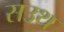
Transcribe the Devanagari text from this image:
सउथ